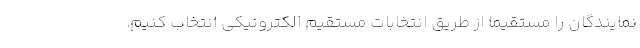
نمایندگان را مستقیما از طریق انتخابات مستقیم الکترونیکی انتخاب کنیم.